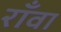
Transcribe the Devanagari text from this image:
राँवा